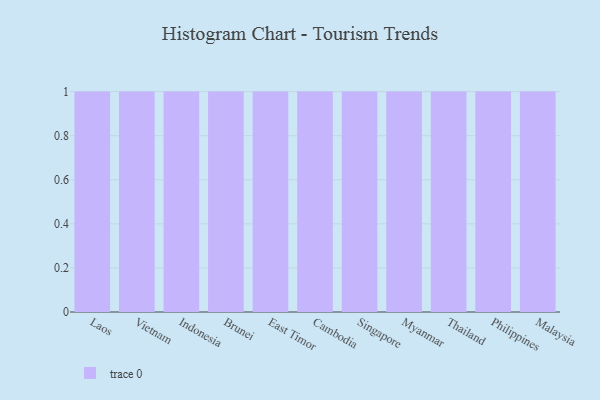
{"axis": {"x": "Country", "y": "Temperature (°C)"}, "legend": [""], "data": [{"x": "Laos", "y": 16, "type": ""}, {"x": "Vietnam", "y": 100, "type": ""}, {"x": "Indonesia", "y": 16, "type": ""}, {"x": "Brunei", "y": 31, "type": ""}, {"x": "East Timor", "y": 98, "type": ""}, {"x": "Cambodia", "y": 86, "type": ""}, {"x": "Singapore", "y": 15, "type": ""}, {"x": "Myanmar", "y": 84, "type": ""}, {"x": "Thailand", "y": 79, "type": ""}, {"x": "Philippines", "y": 38, "type": ""}, {"x": "Malaysia", "y": 50, "type": ""}]}